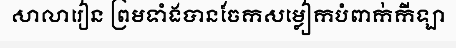
សាលារៀន ព្រមទាំងបានចែកសម្លៀកបំពាក់កីឡា